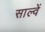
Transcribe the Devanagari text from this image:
साल्वें